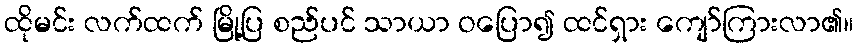
ထိုမင်း လက်ထက် မြို့ပြ စည်ပင် သာယာ ဝပြော၍ ထင်ရှား ကျော်ကြားလာ၏။